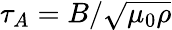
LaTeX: \tau_{A}=B/\sqrt{\mu_{0}\rho}